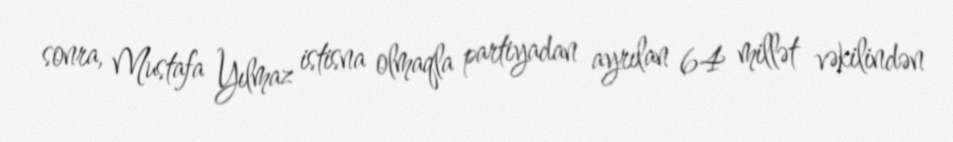
sonra, Mustafa Yılmaz istisna olmaqla partiyadan ayrılan 64 millət vəkilindən